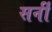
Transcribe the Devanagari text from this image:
सर्नी